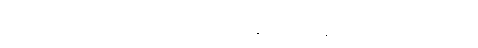
မိဘများမှာ အောင်မြင်သော မြေပိုင်ရှင်နှင့် ဆန်ကုန်သည်များဖြစ်ကြသည်။